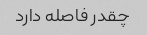
چقدر فاصله دارد